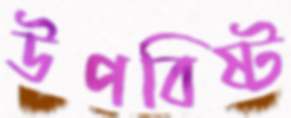
উপবিষ্ট